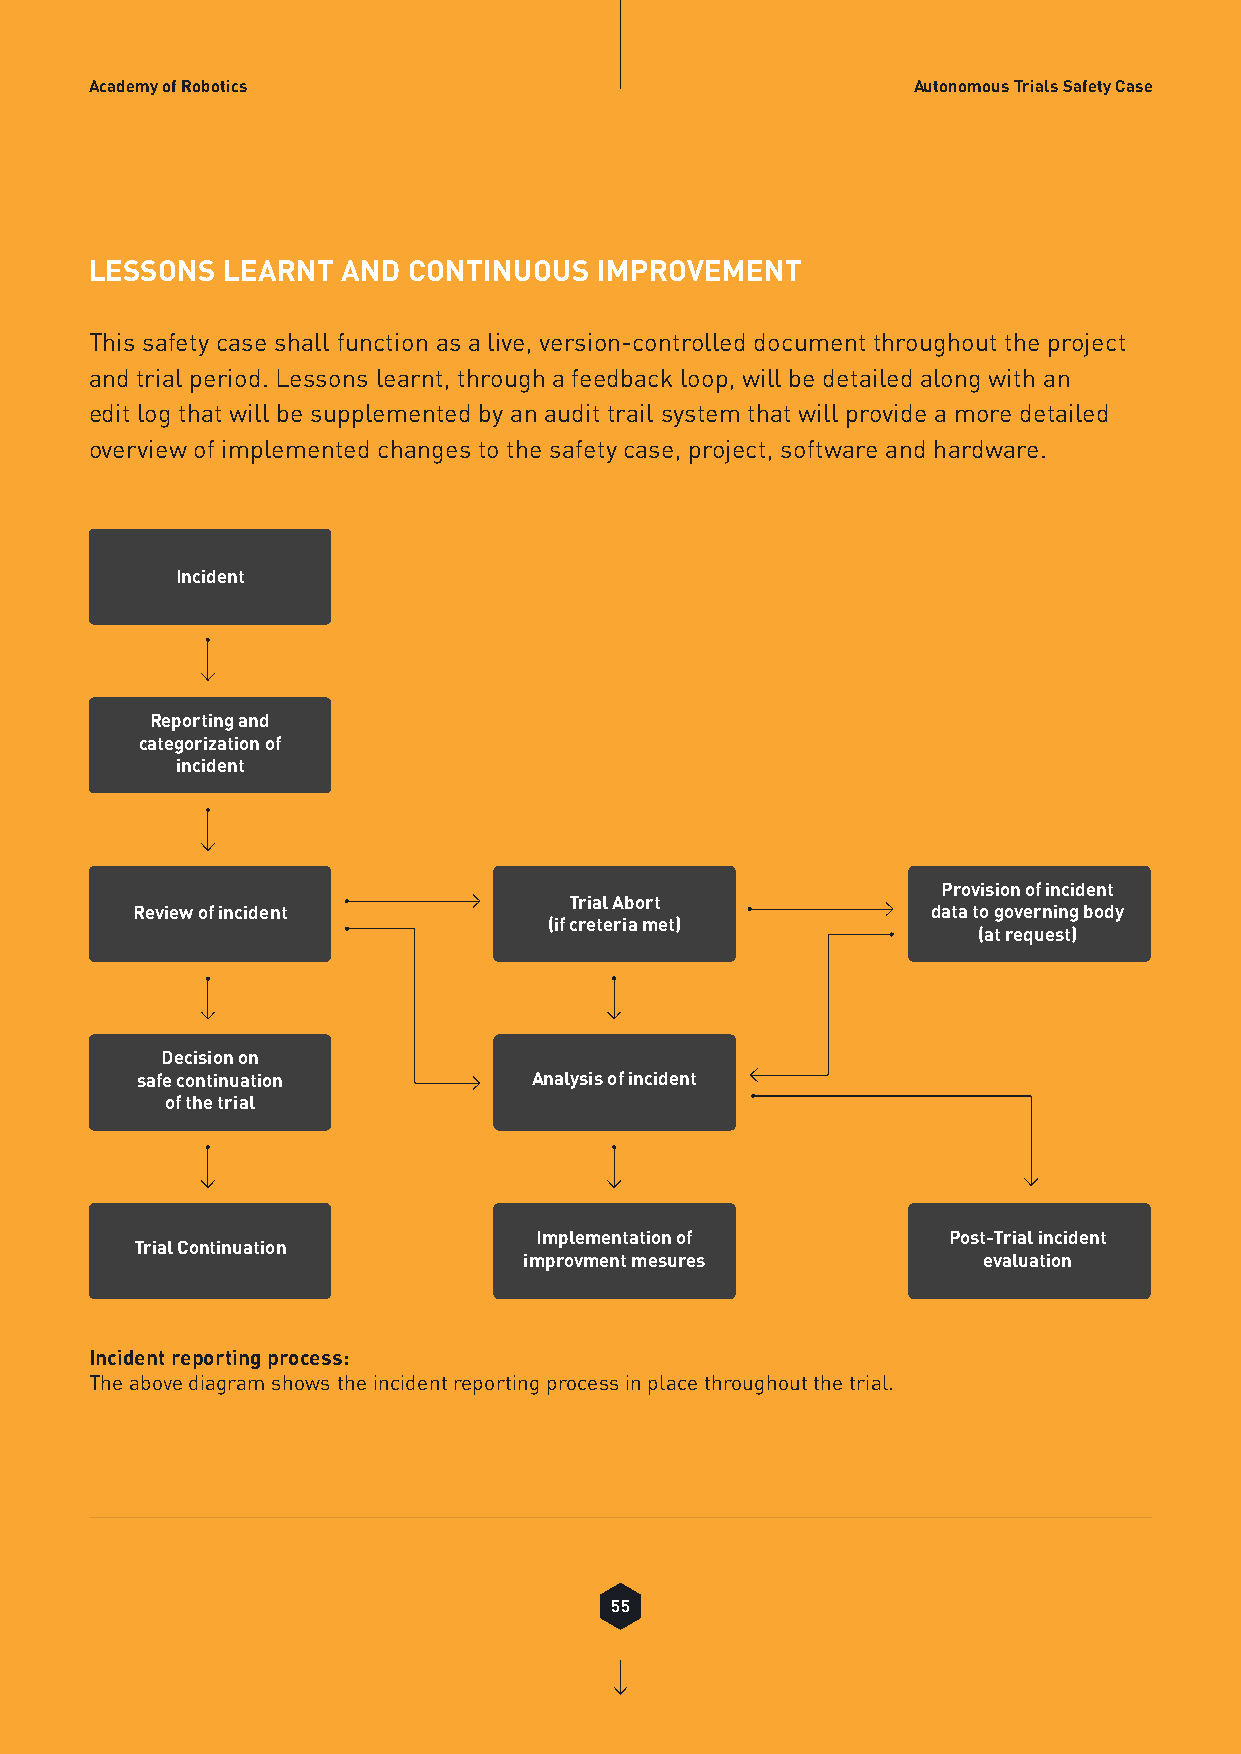
Academy of Robotics                                   Autonomous Trials Safety Case
 LESSONS  LEARNT  AND CONTINUOUS  IMPROVEMENT
 This safety case shall function as a live, version-controlled document throughout the project
 and trial period. Lessons learnt, through a feedback loop, will be detailed along with an
 edit log that will be supplemented by an audit trail system that will provide a more detailed
 overview of implemented changes to the safety case, project, software and hardware.
 Incident
 Reporting and
 categorization of
 incident
 Provision of incident
 Trial Abort
 Review of incident                                   data to governing body
 (if creteria met)
 (at request)
 Decision on
 safe continuation         Analysis of incident
 of the trial
 Implementation of           Post-Trial incident
 Trial Continuation
 improvment mesures            evaluation
 Incident reporting process:
 The above diagram shows the incident reporting process in place throughout the trial.
 55